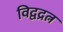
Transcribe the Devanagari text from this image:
विद्वद्रत्न